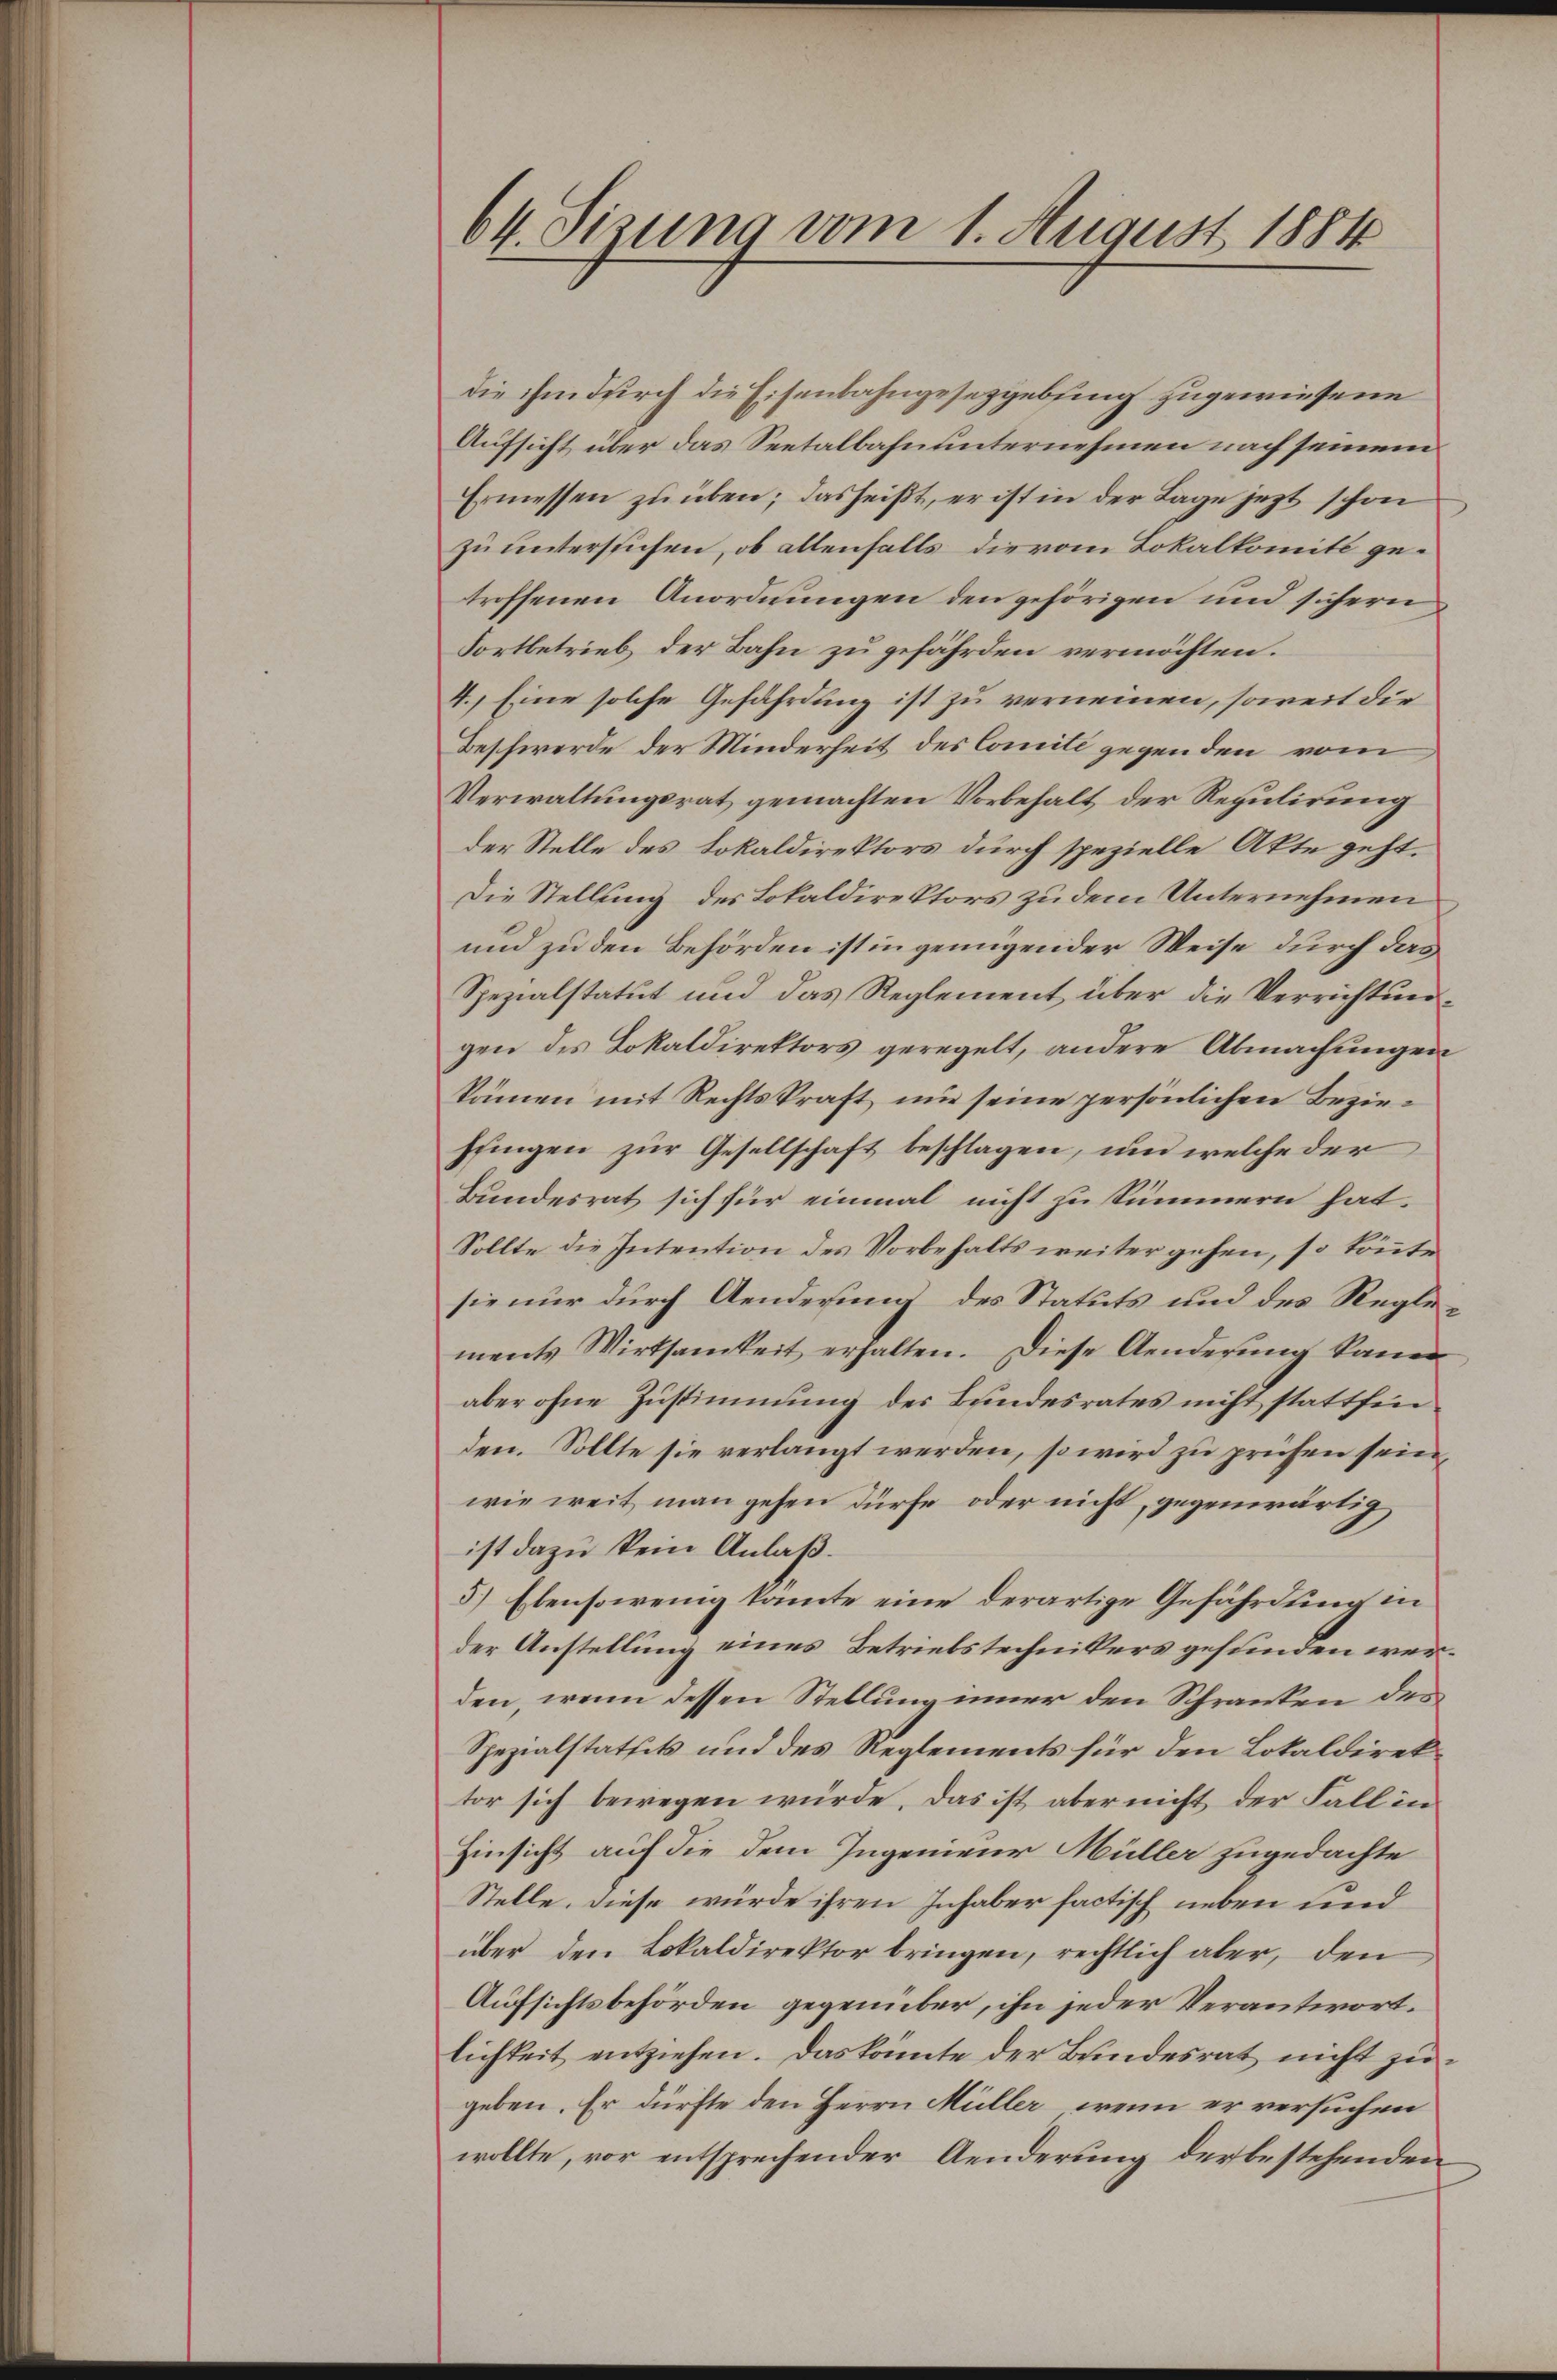
64. Sizung vom 1. August 1884

die ihm durch die Eisenbahngesetzgebung zugewiesene
Aufsicht über das Seetalbahnunternehmen nach seinem
Ermessen zŭ üben; das heißt, er ist in der Lage jezt schon
zu untersuchen, ob allenfalls die vom Lokalkomite getroffenen Anordnungen den gehörigen und sichern
Fortbetrieb der Bahn zu gefährden vermöchten.
4.) Eine solche Gefährdung ist zu verneinen, soweit die
Beschwerde der Minderheit des Comite gegenden vom
Verwaltungsrat gemachten Vorbehalt der Regulirung
der Stelle des Lokaldirektors durch spezielle Akte geht.
Die Stellung des Lokaldirektors zu dem Unternehmen
und zu den Behörden ist in genügender Weise durch das
Spezialstatut und das Reglement über die Verrichtungen des Lokaldirektors geregelt, andere Abmachungen
könen mit Rechtskraft um seine persönlichen Beziehungen zur Gesellschaft beschlagen, und welche der
Bundesrat sich für einmal nicht zu sümmern hat.
Sollte die Intention des Vorbehalts weiter gehen, so könnte
sie nur durch Aenderung des Statuts und des Reglements Wirksamkeit erhalten. Diese Aenderŭng kann
aber ohne Zustimmung des Bundesrates nicht stattfin
den. Sollte sie verlangt werden, so wird zu prüfen sein,
wie weit man gehen dürfe oder nicht, gegenwärtig
ist dazu kein Anlaß.
5.) Ebensowenig kante eine derartige Gefährdung in
der Anstellung eines Betriebstechnikers gefunden werden, wenn dessen Stellung inner den Schranken des
Spezialstattet und des Reglements für den Lokaldirektor sich bewegen würde. Das ist aber nicht der Fall in
Hinsicht auf die dem Ingenieur Müller zugedachte
Stelle. Diese würde ihren Inhaber factisch neben und
über den Lokaldirektor bringen, rechtlich aber, den
Aufsichtsbehörden gegenüber, ihn jeder Verantwort.
lichkeit entziehen. Das könnte der Bundesrat nicht zugeben. Er dürfte den Herrn Müller, wenn er versuchen
wollte, vor entsprechender Aenderung der bestehenden